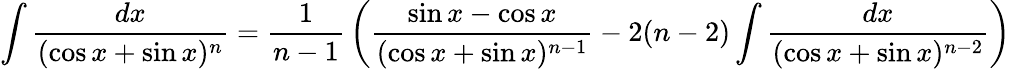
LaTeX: \int{\frac{dx}{(\cos x+\sin x)^{n}}}={\frac{1}{n-1}}\left({\frac{\sin x-\cos x}{(\cos x+\sin x)^{n-1}}}-2(n-2)\int{\frac{dx}{(\cos x+\sin x)^{n-2}}}\right)